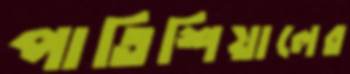
পাতিশিয়ালের